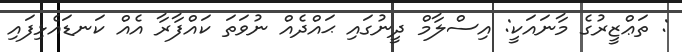
: ތަޢްޒީރުގެ މާނައަކީ: އިސްލާމް ދީނުގައި ޙައްދެއް ނުވަތަ ކައްފާރާ އެއް ކަނޑައެޅިފައި